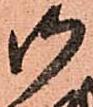
御